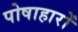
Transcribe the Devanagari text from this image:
पोषाहारों